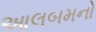
આલબમનો